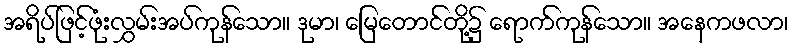
အရိပ်ဖြင့်ဖုံးလွှမ်းအပ်ကုန်သော။ ဒုမာ၊ မြေတောင်တို့၌ ရောက်ကုန်သော။ အနေကဖလာ၊